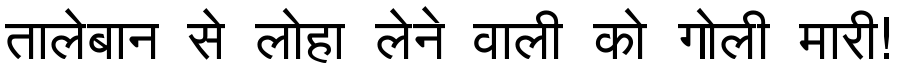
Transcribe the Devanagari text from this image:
तालेबान से लोहा लेने वाली को गोली मारी!